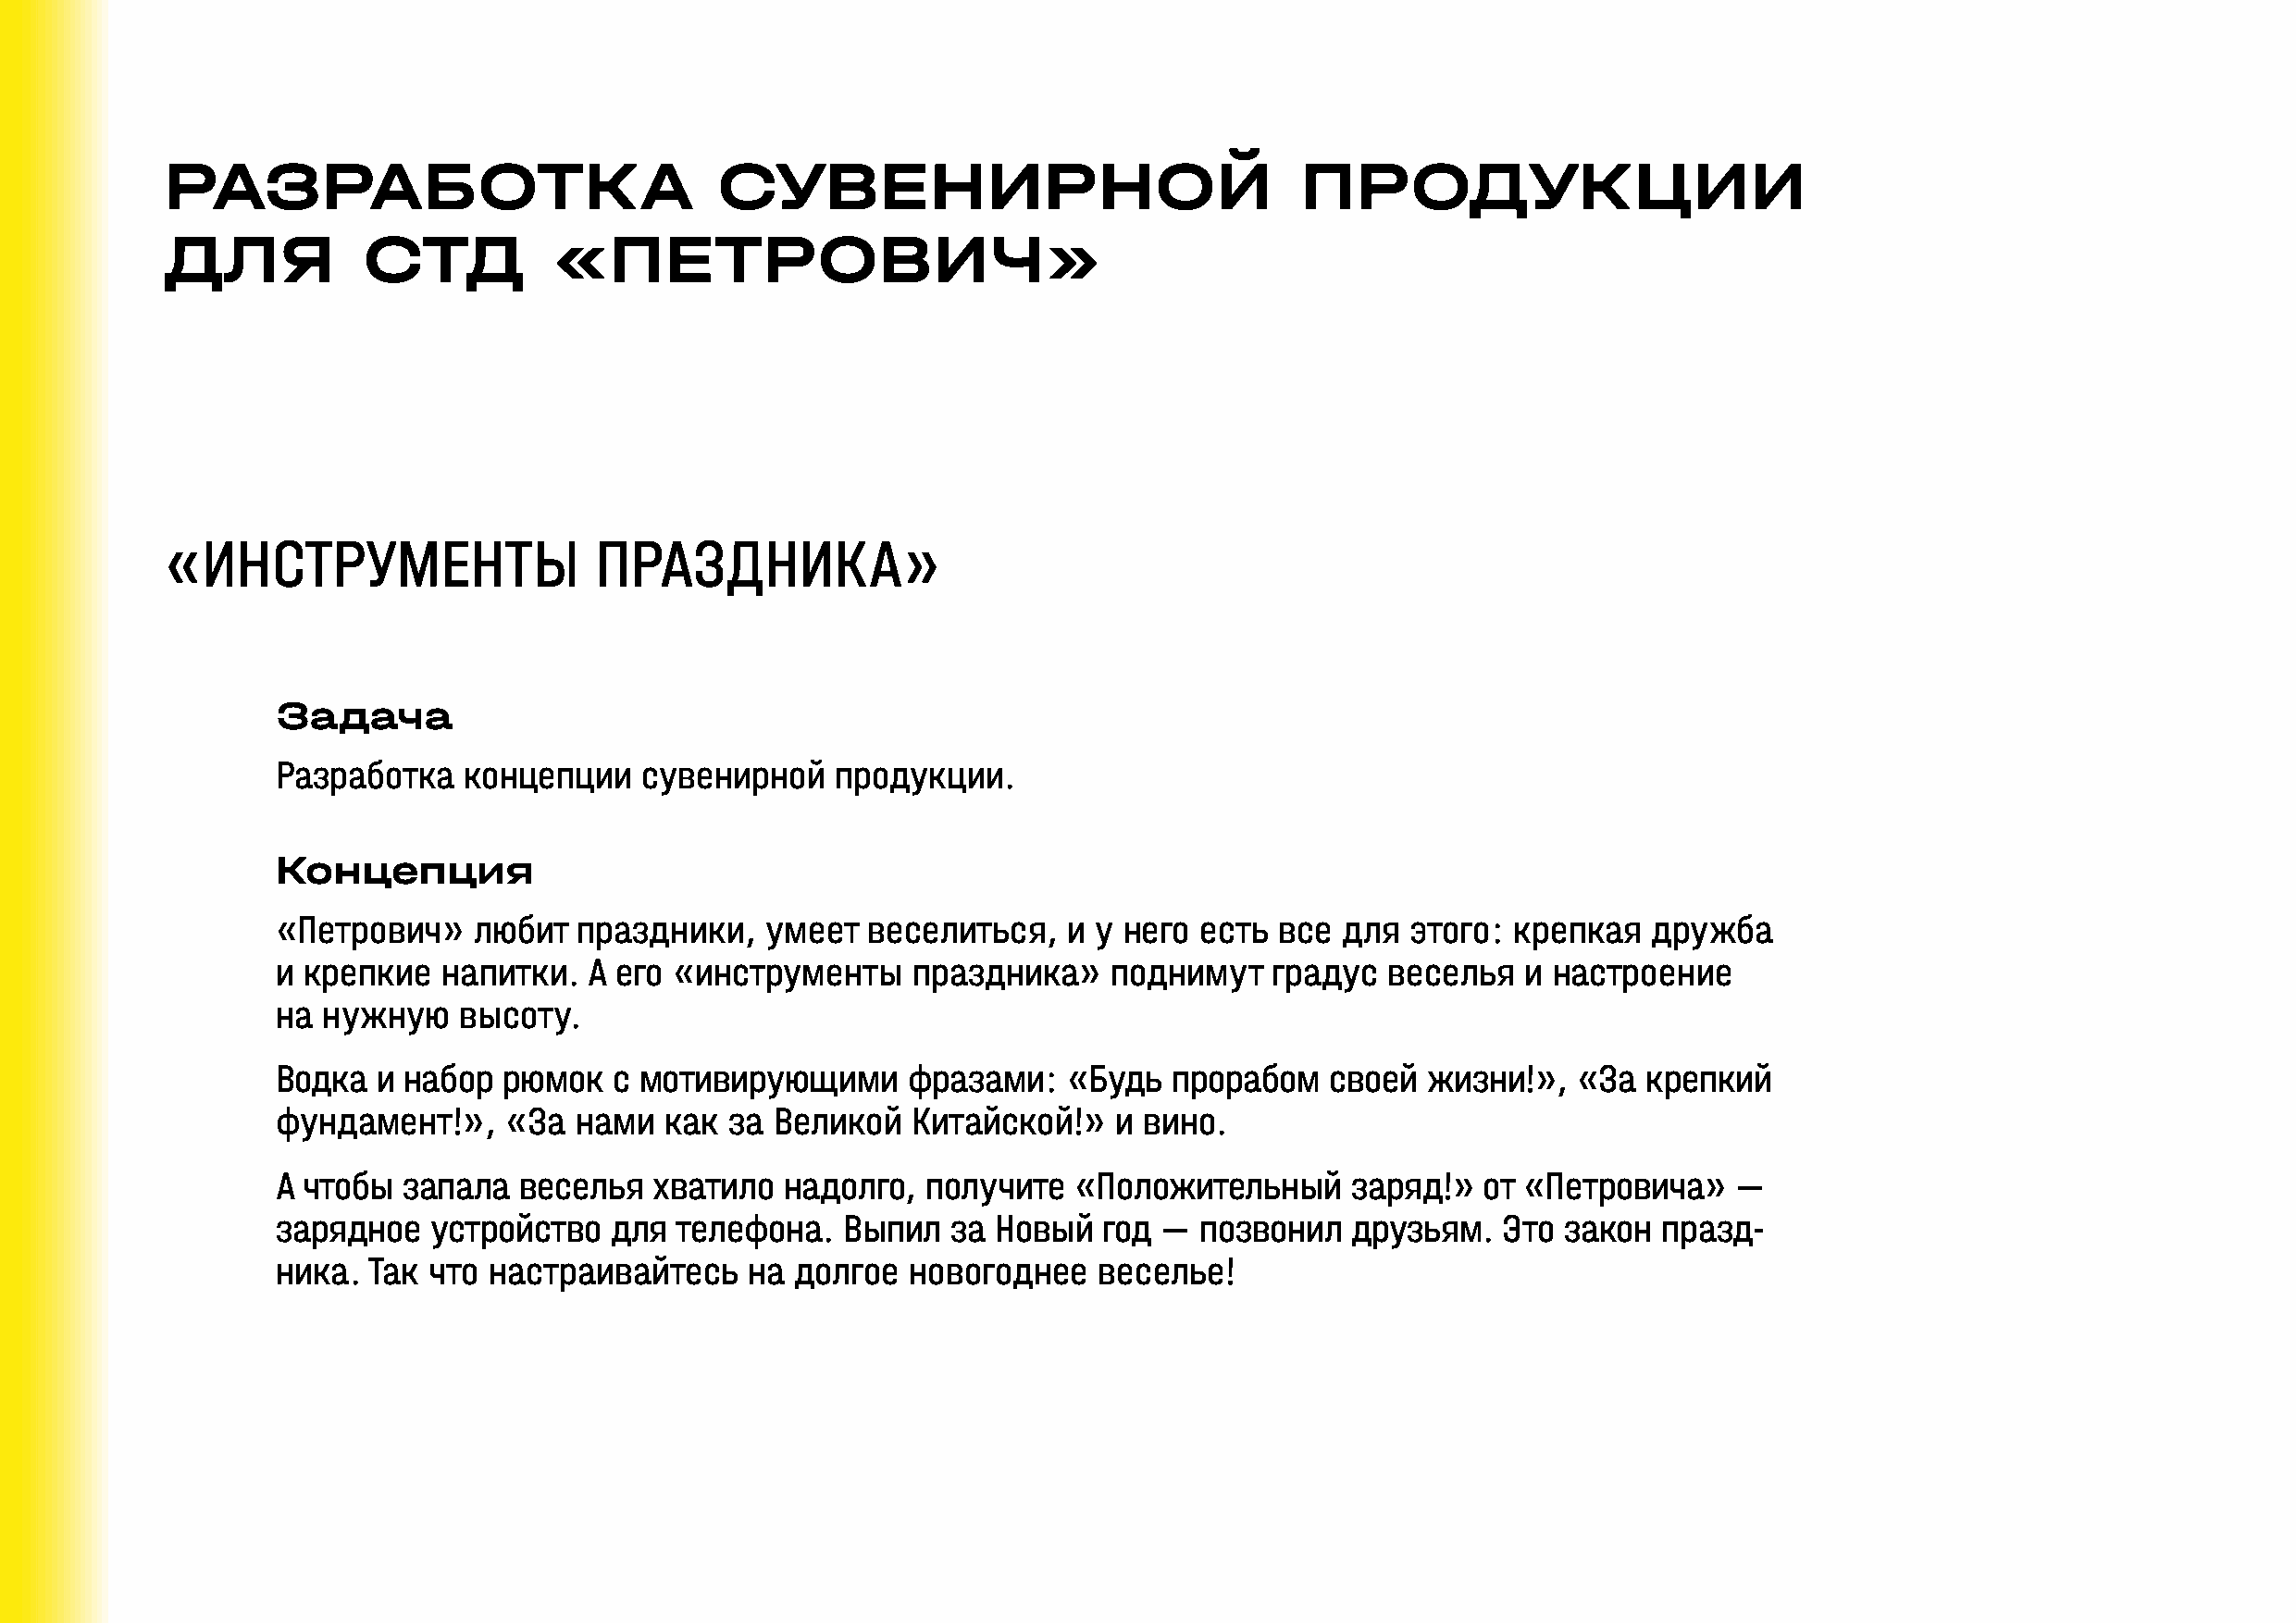
РАЗРАБОТКА                             СУВЕНИРНОЙ                                ПРОДУКЦИИ
 ДЛЯ           СТД           «ПЕТРОВИЧ»
 «ИНСТРУМЕНТЫ                   ПРАЗДНИКА»
 Задача
 Разработка   концепции    сувенирной    продукции.
 Концепция
 «Петрович»    любит  праздники,    умеет  веселиться,   и у него  есть все  для  этого: крепкая   дружба
 и крепкие   напитки.  А его «инструменты     праздника»    поднимут    градус  веселья   и настроение
 на нужную    высоту.
 Водка  и набор  рюмок   с мотивирующими      фразами:   «Будь   прорабом   своей  жизни!»,   «За  крепкий
 фундамент!»,    «За  нами   как за Великой   Китайской!»    и вино.
 А чтобы  запала  веселья   хватило  надолго,  получите   «Положительный      заряд!»  от «Петровича»    —
 зарядное   устройство   для телефона.   Выпил   за Новый   год —  позвонил   друзьям.   Это закон  празд-
 ника. Так  что настраивайтесь     на долгое  новогоднее    веселье!